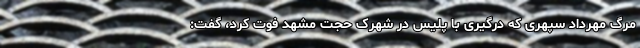
مرگ مهرداد سپهری که درگیری با پلیس در شهرک حجت مشهد فوت کرد، گفت: